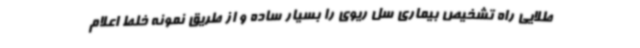
طلایی راه تشخیص بیماری سل ریوی را بسیار ساده و از طریق نمونه خلط اعلام